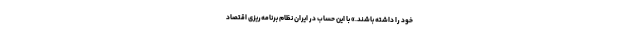
خود را داشته باشند.» با این حساب در ایران نظام برنامه‌ریزی اقتصاد